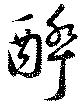
醉